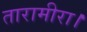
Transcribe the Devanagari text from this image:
तारामीरा।